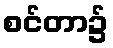
စင်တာ၌